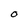
Character: O